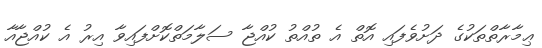
ޢިމާރާތްތަކުގެ ދަށުވެފައި އޮތް އެ ތުއްތު ކުއްޖާ ސަލާމަތްކޮށްފައިވާ އިރު އެ ކުއްޖާއާ